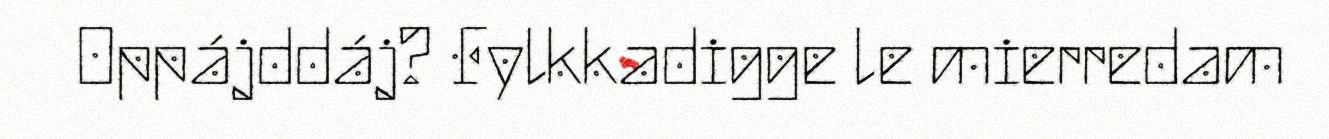
Oppájddáj? Fylkkadigge le mierredam